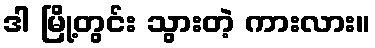
ဒါ မြို့တွင်း သွားတဲ့ ကားလား။